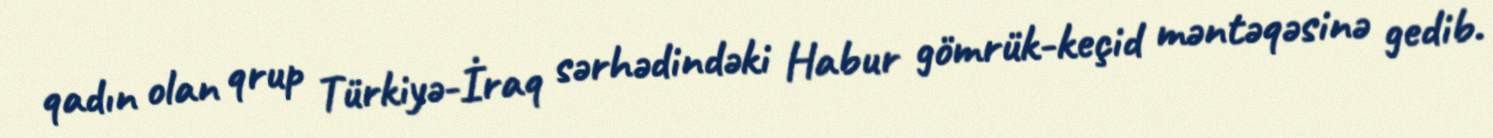
qadın olan qrup Türkiyə-İraq sərhədindəki Habur gömrük-keçid məntəqəsinə gedib.